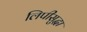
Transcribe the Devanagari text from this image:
लिपीसुद्धा